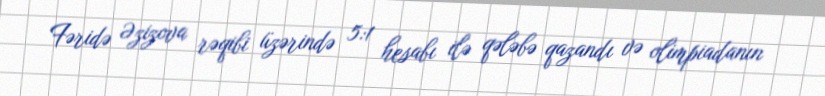
Fəridə Əzizova rəqibi üzərində 5:1 hesabı ilə qələbə qazandı və olimpiadanın